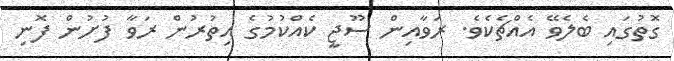
ގޮތުގައި ބެލެވޭ އެއްޗެކެވެ. ރަވާއިން ސޫޖީ ކެއްކުމުގެ އިތުރުން ރަވާ ފުށުން ފޮނި